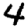
Digit: 4